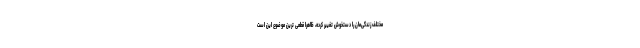
مختلف زندگی‌مان را دستخوش تغییر کرده، ظاهرا قطعی ‌ترین موضوع این است